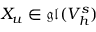
X _ { u } \in \mathfrak { g l } ( V _ { h } ^ { s } )